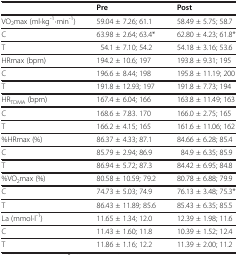
<table><thead><tr><td><b> </b></td><td><b>Pre</b></td><td><b>Post</b></td></tr></thead><tbody><tr><td>VO<sub>2</sub>max (ml·kg<sup>-1</sup>·min<sup>-1</sup>)</td><td>59.04 ± 7.26; 61.1</td><td>58.49 ± 5.75; 58.7</td></tr><tr><td>C</td><td>63.98 ± 2.64; 63.4*</td><td>62.80 ± 4.23; 61.8*</td></tr><tr><td>T</td><td>54.1 ± 7.10; 54.2</td><td>54.18 ± 3.16; 53.6</td></tr><tr><td>HRmax (bpm)</td><td>194.2 ± 10.6; 197</td><td>193.8 ± 9.31; 195</td></tr><tr><td>C</td><td>196.6 ± 8.44; 198</td><td>195.8 ± 11.19; 200</td></tr><tr><td>T</td><td>191.8 ± 12.93; 197</td><td>191.8 ± 7.73; 194</td></tr><tr><td>HR<sub>TDMA</sub> (bpm)</td><td>167.4 ± 6.04; 166</td><td>163.8 ± 11.49; 163</td></tr><tr><td>C</td><td>168.6 ± 7.83. 170</td><td>166.0 ± 2.75; 165</td></tr><tr><td>T</td><td>166.2 ± 4.15; 165</td><td>161.6 ± 11.06; 162</td></tr><tr><td>%HRmax (%)</td><td>86.37 ± 4.33; 87.1</td><td>84.66 ± 6.28; 85.4</td></tr><tr><td>C</td><td>85.79 ± 2.94; 86.9</td><td>84.9 ± 6.35; 85.9</td></tr><tr><td>T</td><td>86.94 ± 5.72; 87.3</td><td>84.42 ± 6.95; 84.8</td></tr><tr><td>%VO<sub>2</sub>max (%)</td><td>80.58 ± 10.59; 79.2</td><td>80.78 ± 6.88; 79.9</td></tr><tr><td>C</td><td>74.73 ± 5.03; 74.9</td><td>76.13 ± 3.48; 75.3*</td></tr><tr><td>T</td><td>86.43 ± 11.89; 85.6</td><td>85.43 ± 6.35; 85.5</td></tr><tr><td>La (mmol·l<sup>-1</sup>)</td><td>11.65 ± 1.34; 12.0</td><td>12.39 ± 1.98; 11.6</td></tr><tr><td>C</td><td>11.43 ± 1.60; 11.8</td><td>10.39 ± 1.52; 12.4</td></tr><tr><td>T</td><td>11.86 ± 1.16; 12.2</td><td>11.39 ± 2.00; 11.2</td></tr></tbody></table>